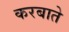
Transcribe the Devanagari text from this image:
करबाते